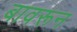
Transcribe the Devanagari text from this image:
बावरून